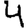
Digit: 4